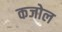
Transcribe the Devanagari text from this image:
कजोल